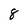
Character: 8